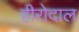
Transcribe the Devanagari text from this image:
हीरोदाल